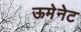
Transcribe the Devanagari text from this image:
ऊमेनेट